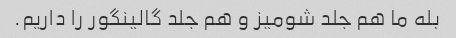
بله ما هم جلد شومیز و هم جلد گالینگور را داریم.